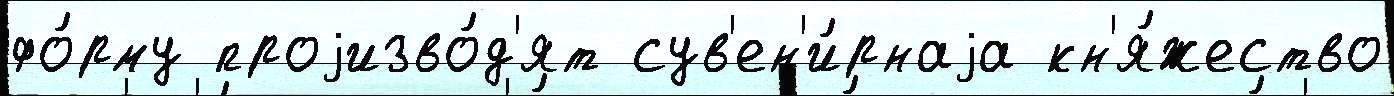
фо́рму проjизво́д'ят сув'ен'и́рнаjа кн'я́жество